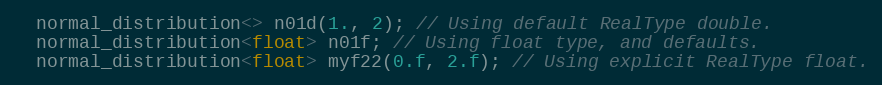
Language: C++
  normal_distribution<> n01d(1., 2); // Using default RealType double.
  normal_distribution<float> n01f; // Using float type, and defaults.
  normal_distribution<float> myf22(0.f, 2.f); // Using explicit RealType float.